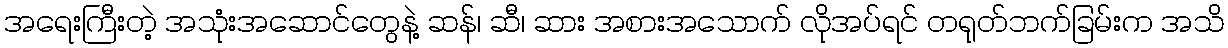
အရေးကြီးတဲ့ အသုံးအဆောင်တွေနဲ့ ဆန်၊ ဆီ၊ ဆား အစားအသောက် လိုအပ်ရင် တရုတ်ဘက်ခြမ်းက အသိ